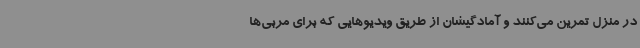
در منزل تمرین می‌کنند و آمادگیشان از طریق ویدیوهایی که برای مربی‌ها